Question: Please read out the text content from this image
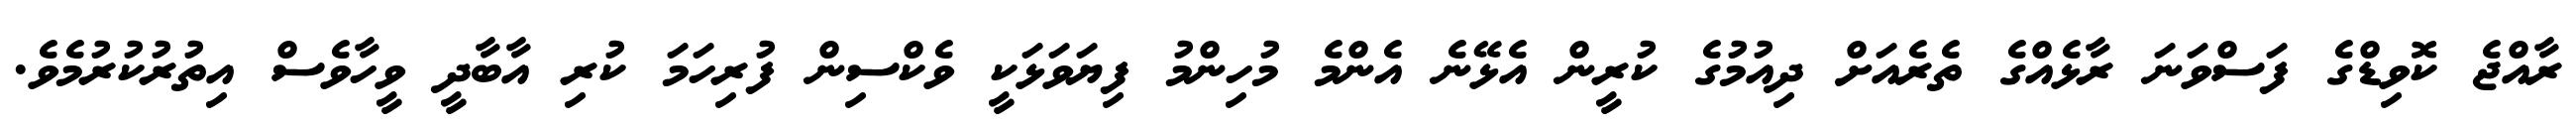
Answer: ރާއްޖެ ކޮވިޑްގެ ފަސްވަނަ ރާޅެއްގެ ތެރެއަށް ދިއުމުގެ ކުރީން އެޅޭނެ އެންމެ މުހިންމު ފިޔަވަޅަކީ ވެކްސިން ފުރިހަމަ ކުރި އާބާދީ ވީހާވެސް އިތުރުކުރުމެވެ.